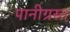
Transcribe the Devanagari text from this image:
पानीग्रस्त